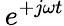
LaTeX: \, e^{+j\omega t}